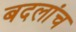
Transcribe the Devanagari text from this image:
बदलांच